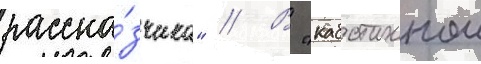
расска́зчика" // В "каботажном